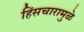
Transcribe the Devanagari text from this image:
हिंसचारामुळे